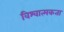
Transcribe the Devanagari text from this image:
विश्वात्मकता